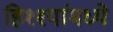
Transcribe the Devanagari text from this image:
हिश्श्यांमध्ये